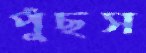
পুঁছস